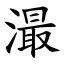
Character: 㵊